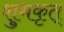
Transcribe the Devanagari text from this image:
शुभकृत्